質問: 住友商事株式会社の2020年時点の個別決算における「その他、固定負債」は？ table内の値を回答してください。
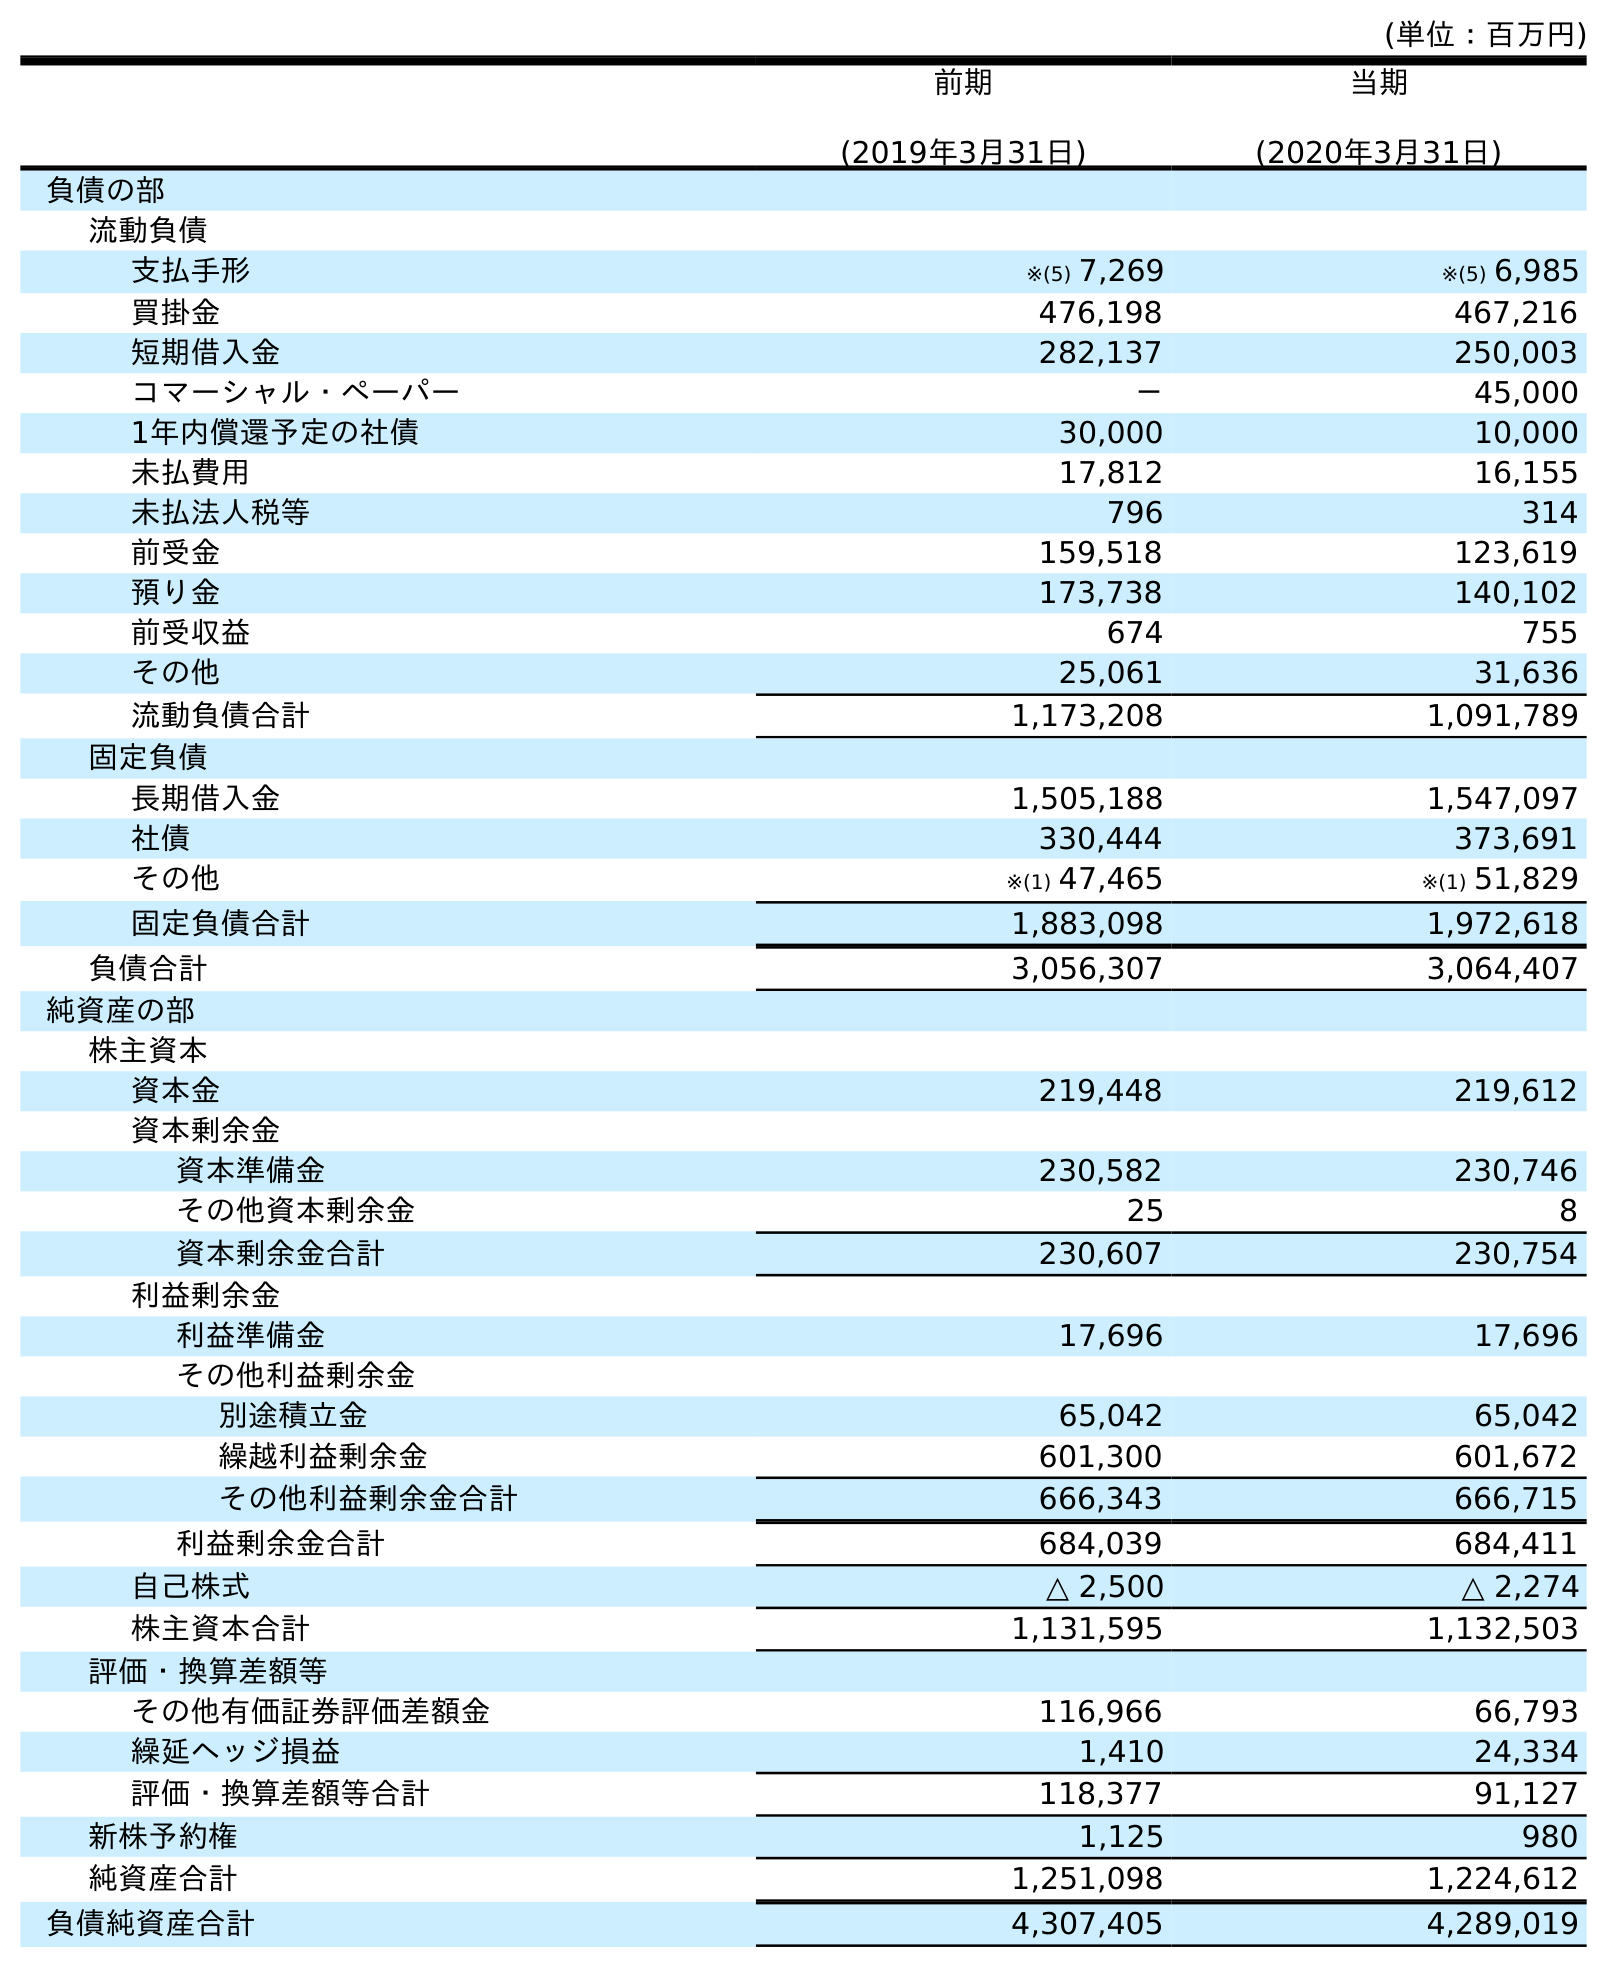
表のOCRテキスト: (単位：百万円) 前期 (2019年3月31日) 当期 (2020年3月31日) 負債の部 流動負債 支払手形 ※(5) 7,269 ※(5) 6,985 買掛金 476,198 467,216 短期借入金 282,137 250,003 コマーシャル・ペーパー － 45,000 1年内償還予定の社債 30,000 10,000 未払費用 17,812 16,155 未払法人税等 796 314 前受金 159,518 123,619 預り金 173,738 140,102 前受収益 674 755 その他 25,061 31,636 流動負債合計 1,173,208 1,091,789 固定負債 長期借入金 1,505,188 1,547,097 社債 330,444 373,691 その他 ※(1) 47,465 ※(1) 51,829 固定負債合計 1,883,098 1,972,618 負債合計 3,056,307 3,064,407 純資産の部 株主資本 資本金 219,448 219,612 資本剰余金 資本準備金 230,582 230,746 その他資本剰余金 25 8 資本剰余金合計 230,607 230,754 利益剰余金 利益準備金 17,696 17,696 その他利益剰余金 別途積立金 65,042 65,042 繰越利益剰余金 601,300 601,672 その他利益剰余金合計 666,343 666,715 利益剰余金合計 684,039 684,411 自己株式 △ 2,500 △ 2,274 株主資本合計 1,131,595 1,132,503 評価・換算差額等 その他有価証券評価差額金 116,966 66,793 繰延ヘッジ損益 1,410 24,334 評価・換算差額等合計 118,377 91,127 新株予約権 1,125 980 純資産合計 1,251,098 1,224,612 負債純資産合計 4,307,405 4,289,019
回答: ※(1)51,829